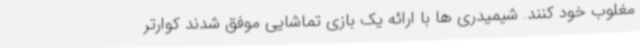
مغلوب خود کنند. شیمیدری ها با ارائه یک بازی تماشایی موفق شدند کوارتر